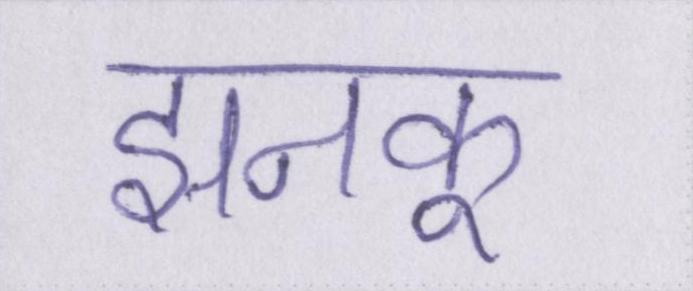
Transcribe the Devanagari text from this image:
झनकू